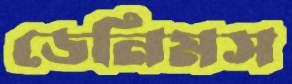
ডেনিমস